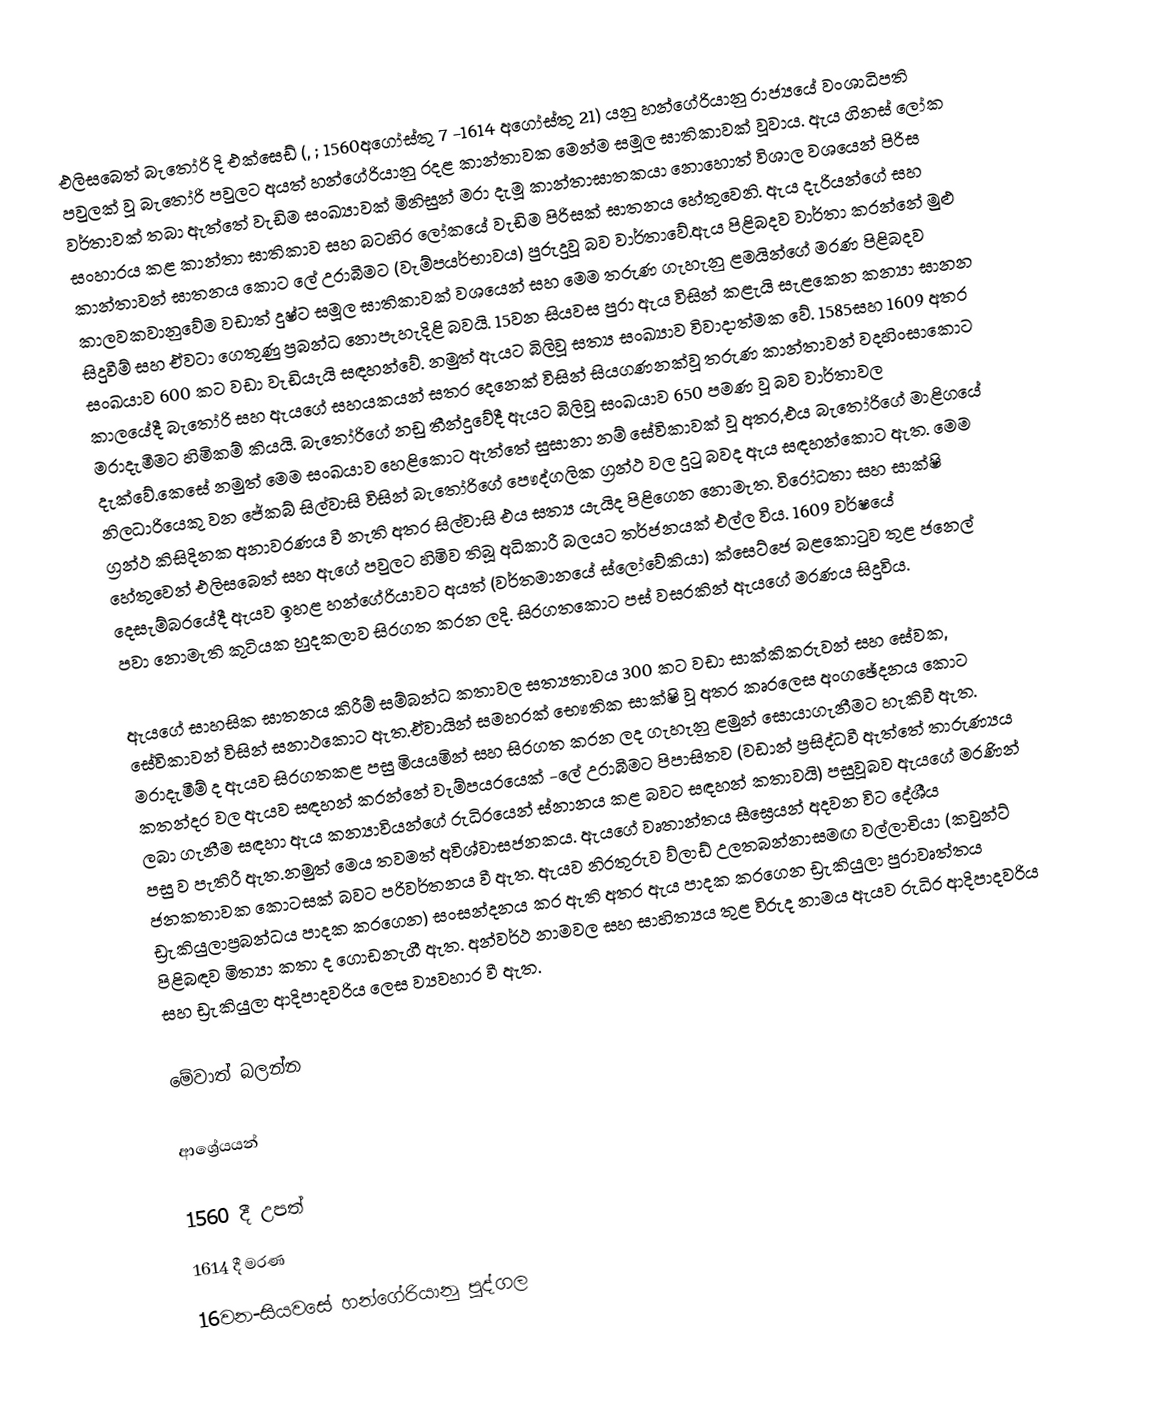
එලිසබෙත් බැතෝරි දි එක්සෙඩ් (, ; 1560අගෝස්තු 7 -1614 අගෝස්තු 21) යනු හන්ගේරියානු රාජ්‍යයේ වංශාධිපති පවුලක් වූ බැතෝරි පවුලට අයත් හන්ගේරියානු රදළ කාන්තාවක මෙන්ම සමූල ඝාතිකාවක් වූවාය. ඇය ගිනස් ලෝක වර්තාවක් තබා ඇත්තේ වැඩිම සංඛ්‍යාවක්  මිනිසුන් මරා දැමූ  කාන්තාඝාතකයා නොහොත් විශාල වශයෙන් පිරිස සංහාරය කළ කාන්තා ඝාතිකාව සහ බටහිර ලෝකයේ වැඩිම පිරිසක් ඝාතනය හේතුවෙනි. ඇය දැරියන්ගේ සහ කාන්තාවන් ඝාතනය කොට ලේ උරාබීමට (වැම්පයර්භාවය) පුරුදුවූ බව වාර්තාවේ.ඇය පිළිබදව වාර්තා කරන්නේ මුළු කාලවකවානුවේම වඩාත් දුෂ්ට සමූල ඝාතිකාවක් වශයෙන් සහ මෙම තරුණ ගැහැනු ළමයින්ගේ මරණ පිළිබදව සිදුවීම් සහ ඒවටා ගෙතුණු ප්‍රබන්ධ නොපැහැදිළි බවයි. 15වන සියවස පුරා ඇය විසින් කළැයි සැළකෙන කන්‍යා ඝානන සංඛයාව 600 කට වඩා වැඩියැයි සඳහන්වේ. නමුත් ඇයට බිලිවූ සත්‍ය සංඛ්‍යාව විවාදාත්මක වේ. 1585සහ 1609 අතර කාලයේදී බැතෝරි සහ ඇයගේ සහයකයන් සතර දෙනෙක් විසින් සියගණනක්වූ තරුණ කාන්තාවන්  වදහිංසාකොට මරාදැමීමට හිමිකම් කියයි. බැතෝරිගේ නඩු තීන්දුවේදී ඇයට බිලිවූ සංඛයාව 650 පමණ වූ බව වාර්තාවල දැක්වේ.කෙසේ නමුත් මෙම සංඛයාව හෙළිකොට ඇත්තේ සුසානා නම් සේවිකාවක් වූ අතර,එය බැතෝරිගේ මාළිගයේ නිලධාරියෙකු වන ජේකබ් සිල්වාසි විසින් බැතෝරිගේ පෞද්ගලික ග්‍රන්ථ වල දුටු බවද ඇය සඳහන්කොට ඇත. මෙම ග්‍රන්ථ කිසිදිනක අනාවරණය වී නැති අතර සිල්වාසි එය සත්‍ය යැයිද පිළිගෙන නොමැත.  විරෝධතා සහ සාක්ෂි හේතුවෙන් එලිසබෙත් සහ ඇගේ පවුලට හිමිව තිබූ අධිකාරී බලයට තර්ජනයක් එල්ල විය. 1609 වර්ෂයේ දෙසැම්බරයේදී ඇයව ඉහළ හන්ගේරියාවට අයත් (වර්තමානයේ ස්ලෝවේකියා) ක්සෙට්ජෙ බළකොටුව තුළ ජනෙල් පවා නොමැති කුටියක හුදකලාව සිරගත කරන ලදි. සිරගතකොට පස් වසරකින් ඇයගේ මරණය සිදුවිය.

ඇයගේ සාහසික ඝාතනය කිරීම් සම්බන්ධ කතාවල සත්‍යතාවය 300 කට වඩා සාක්කිකරුවන් සහ සේවක, සේවිකාවන් විසින් සනාථකොට ඇත.ඒවායින් සමහරක් භෞතික සාක්ෂි වූ අතර කෘරලෙස අංගඡේදනය කොට මරාදැමීම් ද ඇයව සිරගතකළ පසු මියයමින් සහ සිරගත කරන ලද ගැහැනු ළමුන් සොයාගැනීමට හැකිවී ඇත. කතන්දර වල ඇයව සඳහන් කරන්නේ වැම්පයරයෙක් -ලේ උරාබීමට පිපාසිතව  (වඩාන් ප්‍රසිද්ධවී ඇත්තේ තාරුණ්‍යය ලබා ගැනීම සඳහා ඇය කන්‍යාවියන්ගේ රුධිරයෙන් ස්නානය කළ බවට සඳහන් කතාවයි) පසුවූබව ඇයගේ මරණින් පසු ව පැතිරී ඇත.නමුත් මෙය තවමත් අවිශ්වාසජනකය. ඇයගේ වෘතාන්තය සීඝ්‍රෙයන් අදවන විට දේශීය ජනකතාවක කොටසක් බවට පරිවර්තනය වී ඇත. ඇයව නිරතුරුව ව්ලාඩ් උලතබන්නාසමඟ වල්ලාචියා (කවුන්ට් ඩ්‍රැකියුලාප්‍රබන්ධය පාදක කරගෙන) සංසන්දනය කර ඇති අතර ඇය පාදක කරගෙන ඩ්‍රැකියුලා පුරාවෘත්තය පිළිබඳව මිත්‍යා කතා ද ගොඩනැගී ඇත. අන්වර්ථ නාමවල සහ සාහිත්‍යය තුළ විරුද නාමය ඇයව රුධිර ආදිපාදවරිය සහ ඩ්‍රැකියුලා ආදිපාදවරිය ලෙස ව්‍යවහාර වී ඇත.

මේවාත් බලන්න

ආශ්‍රේයයන්

1560 දී උපත්
1614 දී මරණ
16වන-සියවසේ හන්ගේරියානු පුද්ගල